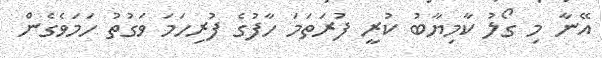
އޭނާ މި ގޯލު ކާމިޔާބު ކުރީ ފުރަތަމަ ހާފުގެ ފުރިހަމަ ވަގުތު ހަމަވެގެން